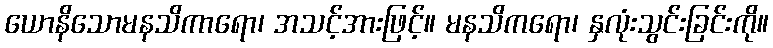
ယောနိသောမနသိကာရော၊ အသင့်အားဖြင့်။ မနသိကရော၊ နှလုံးသွင်းခြင်းကို။